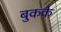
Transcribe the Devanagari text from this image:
बुकके